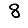
Digit: 8